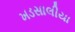
ખડસાલીયા